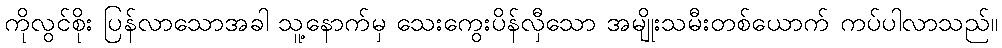
ကိုလွင်စိုး ပြန်လာသောအခါ သူ့နောက်မှ သေးကွေးပိန်လှီသော အမျိုးသမီးတစ်ယောက် ကပ်ပါလာသည်။